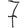
Digit: 7